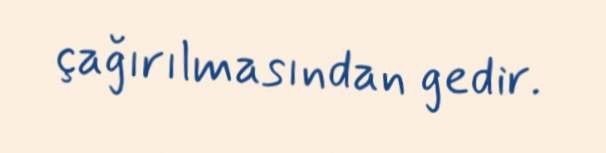
çağırılmasından gedir.